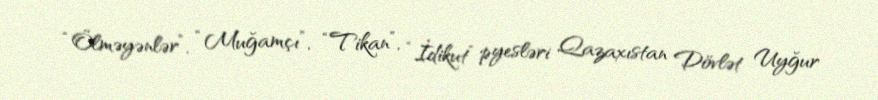
“Ölməyənlər”, “Muğamçı”, “Tikan”, “İdikut” pyesləri Qazaxıstan Dövlət Uyğur